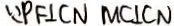
\because P F \bot C N M C \bot C N